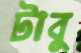
টাবু